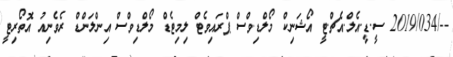
--/2019/034 ސީ.ޑީ.އެލް.އެޗް.ޓީ އޯޝަނިކް މޯލްޑިވްސް ޕްރައިވެޓް ލިމިޓެޑް މޯލްޑިވްސް އިންލަންޑް ރެވެނިއު އޮތޯރިޓީ